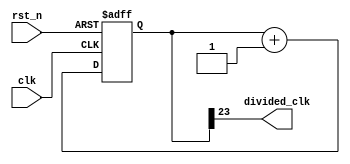
// This program was cloned from: https://github.com/RomeoMe5/DDLM
// License: MIT License

module clk_divider
# (
    parameter w = 24
)
(
    input  clk,
    input  rst_n,
    output divided_clk
);

    reg [w - 1:0] cnt;

    always @ (posedge clk or negedge rst_n)
        if (! rst_n)
            cnt <= { w { 1'b0 } };
        else
            cnt <= cnt + 1'b1;

    assign divided_clk = cnt [w - 1];

endmodule